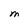
Character: M